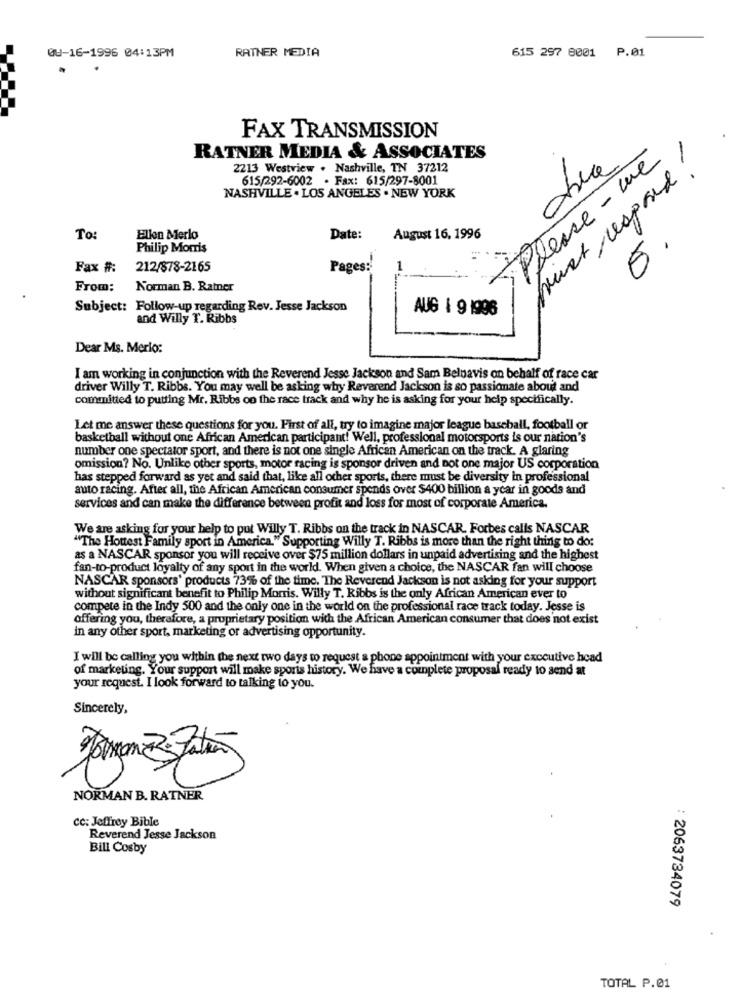
RATNER MEDIA
615 297 8001 P.01
09-16-1996 04:13PM
FAX TRANSMISSION
RATNER MEDIA & ASSOCIATES
Please - we
2213 Westview . Nashville, TN 37212
frukt respond !
615/292-6002 . Fax: 615/297-8001
NASHVILLE . LOS ANGELES . NEW YORK
To:
Ellen Merlo
Date:
August 16, 1996
Philip Morris
E.
Fax #:
212/878-2165
Pages:
From:
Norman B. Ratner
Subject: Follow-up regarding Rev. Jesse Jackson
AUG 1 9 1996
and Willy T. Ribbs
Dear Ms. Merio:
I am working in conjunction with the Reverend Jesse Jackson and Sam Belnavis on behalf of race car
driver Willy T. Ribbs. You may well be asking why Reverend Jackson is so passionate about and
committed to putting Mr. Ribbs oo the race track and why he is asking for your help specifically.
Ist me answer these questions for you. First of all, try to imagine major league baseball, football or
basketball without one African American participant! Well, professional motorsports is our nation's
number one spectator sport, and there is not one single African American on the track. A glaring
omission? No. Unlike other sports, motor racing is sponsor driven and not one major US corporation
has stepped forward as yet and said that, like all other sports, there must be diversity in professional
auto racing. After all, the African American consumer spends over $400 billion a year in goods and
services and can make the difference between profit and loss for most of corporate America.
We are asking for your help to put Willy T. Ribbs on the track in NASCAR. Forbes calls NASCAR
"The Hottest Family sport in America." Supporting Willy T. Ribbs is more than the right thing to do:
as a NASCAR sponsor you will receive over $75 million dollars in unpaid advertising and the highest
fan-to-product loyalty of any sport in the world. When given a choice, the NASCAR fan will choose
NASCAR sponsors' products 73% of the time, The Reverend Jackson is not asking for your support
without significant benefit to Philip Morris. Willy T. Ribbs is the only African American ever to
compete in the Indy 500 and the only one in the world on the professional race track today. Jesse is
offering you, therefore, a proprietary position with the African American consumer that does not exist
in any other sport, marketing or advertising opportunity.
I will be calling you within the next two days to request a phone appointment with your executive head
of marketing. Your support will make sporis history. We have a complete proposal ready to send at
your request. I look forward to talking to you.
Sincerely,
NORMAN B. RATNER
cc: Jeffrey Bible
Reverend Jesse Jackson
Bill Cosby
: 2063734079
TOTAL P.01